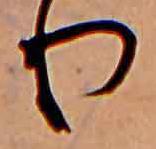
り